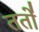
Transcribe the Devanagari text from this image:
ततो॑